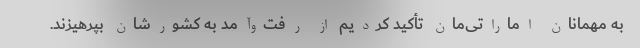
به مهمانان اماراتی‌مان تأکید کردیم از رفت‌وآمد به کشورشان بپرهیزند.